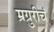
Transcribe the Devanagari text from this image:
म्रग्रुरीचं